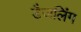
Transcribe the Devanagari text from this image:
डैजलिंग